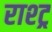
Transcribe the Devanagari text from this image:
राश्ट्र